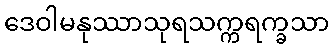
ဒေဝါမနုဿာသုရသက္ကရက္ခသာ